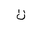
Letter: _ta